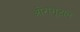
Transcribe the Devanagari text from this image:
ओरांगूटान